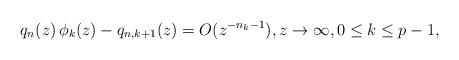
LaTeX: \begin{align*}q_{n}(z)\,\phi_{k}(z)-q_{n,k+1}(z)=O(z^{-n_{k}-1}),z\rightarrow\infty,0\leq k\leq p-1,\end{align*}